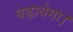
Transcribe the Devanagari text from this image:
बढ़ायेगा।